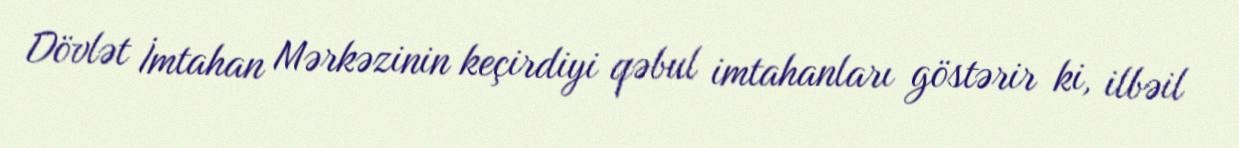
Dövlət İmtahan Mərkəzinin keçirdiyi qəbul imtahanları göstərir ki, ilbəil